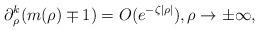
LaTeX: \begin{align*}\partial_\rho^k (m(\rho)\mp1)=O(e^{-\zeta|\rho|}),\rho\rightarrow\pm \infty,\end{align*}